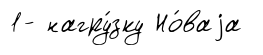
1- нагру́зку Но́ваjа